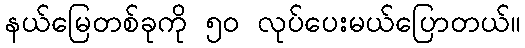
နယ်မြေတစ်ခုကို ၅၀ လုပ်ပေးမယ်ပြောတယ်။